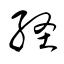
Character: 経